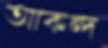
আকন্দ